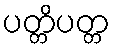
ပတ္တိပတ္တ